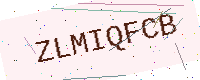
Text: ZLMIQFCB